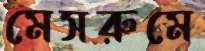
মেসরুমে